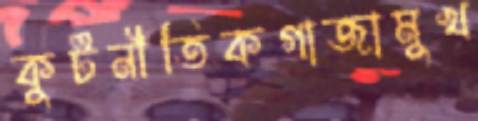
কুটনীতিকগাজামুখ